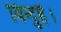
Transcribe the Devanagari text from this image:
विन्दुहै।